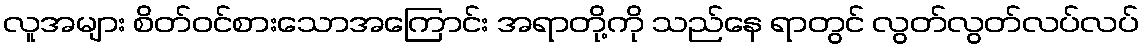
လူအများ စိတ်ဝင်စားသောအကြောင်း အရာတို့ကို သည်နေ ရာတွင် လွတ်လွတ်လပ်လပ်